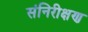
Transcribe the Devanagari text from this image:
संनिरीक्षण